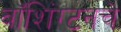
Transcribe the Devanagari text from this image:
वॉशिंग्टनचे